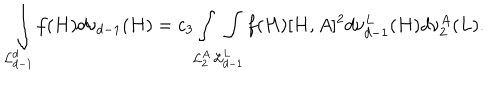
\int _ { { \cal L } _ { d - 1 } ^ { d } } f ( H ) d \nu _ { d - 1 } ( H ) = c _ { 3 } \int _ { { \cal L } _ { 2 } ^ { A } } \int _ { { \cal L } _ { d - 1 } ^ { L } } f ( H ) [ H , A ] ^ { 2 } d \nu _ { d - 1 } ^ { L } ( H ) d \nu _ { 2 } ^ { A } ( L ) .